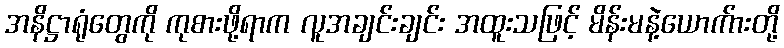
အနိဋ္ဌာရုံတွေကို ကုစားဖို့ရာက လူအချင်းချင်း အထူးသဖြင့် မိန်းမနဲ့ယောက်ားတို့